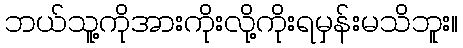
ဘယ်သူ့ကိုအားကိုးလို့ကိုးရမှန်းမသိဘူး။